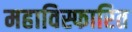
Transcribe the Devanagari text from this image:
महाविस्फारित